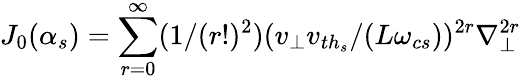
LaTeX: J_{0}(\alpha_{s})=\sum_{r=0}^{\infty}(1/(r!)^{2})(v_{\perp}v_{{th}_{s}}/(L\omega_{cs}))^{2r}{\nabla_{\perp}^{2r}}